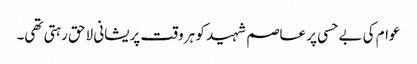
عوام کی بے حسی پر عاصم شہید کو ہر وقت پریشانی لاحق رہتی تھی۔